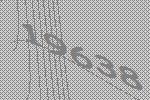
19638